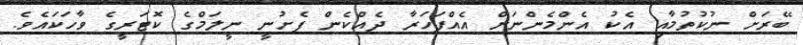
ބޭރަށް ނުކުތުމާއި އެކު އެންމެންނަށް އެއްފަހަރާ ދެއްކެން ފެށުނީ ނީލަމްގެ ކޮޓަރީގެ ވާހަކައެވެ.